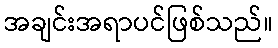
အချင်းအရာပင်ဖြစ်သည်။